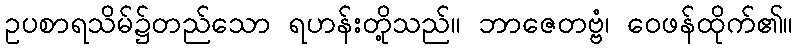
ဥပစာရသိမ်၌တည်သော ရဟန်းတို့သည်။ ဘာဇေတဗ္ဗံ၊ ဝေဖန်ထိုက်၏။